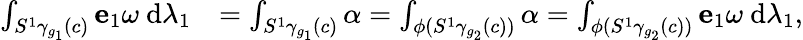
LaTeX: \begin{array}{rl}{\int_{S^{1}\gamma_{g_{1}}(c)}\mathbf{e}_{1}\omega~\mathrm{d}\lambda_{1}}&{=\int_{S^{1}\gamma_{g_{1}}(c)}\alpha=\int_{\phi(S^{1}\gamma_{g_{2}}(c))}\alpha=\int_{\phi(S^{1}\gamma_{g_{2}}(c))}\mathbf{e}_{1}\omega~\mathrm{d}\lambda_{1},}\end{array}